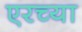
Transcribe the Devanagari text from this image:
एरच्या